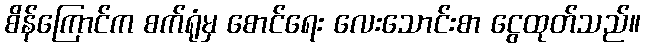
စိန်ကြောင်က စက်ရုံမှ စောင်ရေး လေးသောင်းစာ ငွေထုတ်သည်။